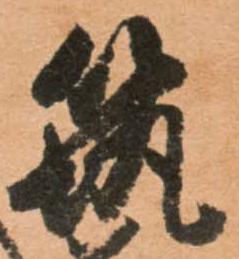
筑